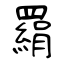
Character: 羂